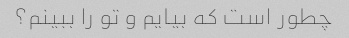
چطور است که بیایم و تو را ببینم؟